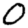
Digit: 0